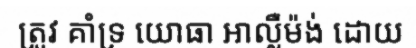
ត្រូវ គាំទ្រ យោធា អាល្លឺម៉ង់ ដោយ